Elephants and their diseases
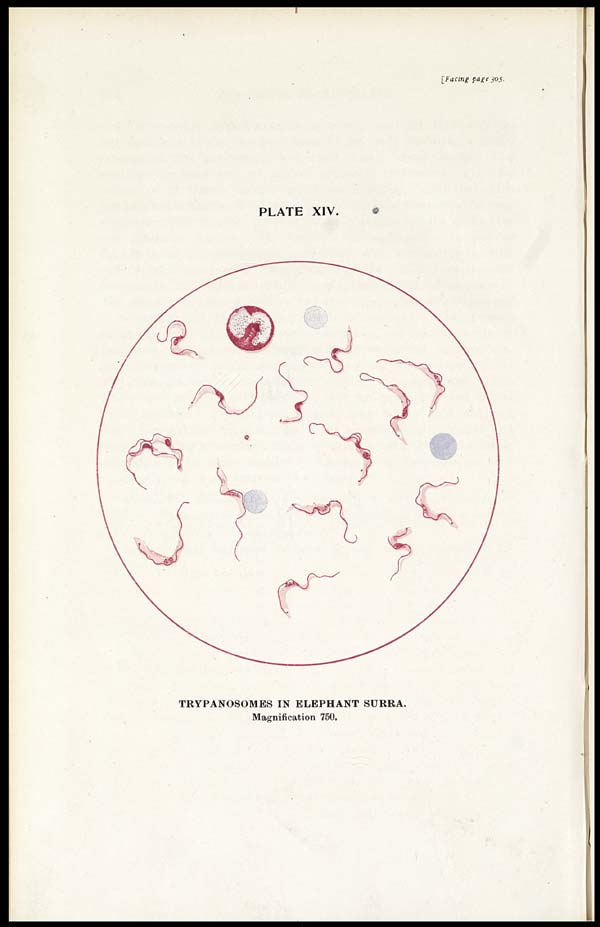
[Facing page 305.
PLATE XIV.
TRYPANOSOMES IN ELEPHANT SURRA.
Magnification 750.